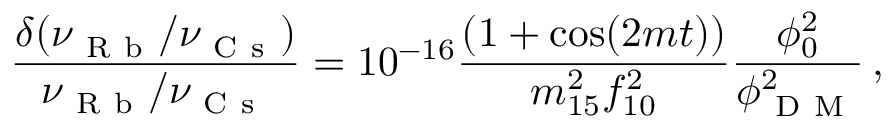
\frac { \delta ( \nu _ { \mathrm { ~ R ~ b ~ } } / \nu _ { \mathrm { ~ C ~ s ~ } } ) } { \nu _ { \mathrm { ~ R ~ b ~ } } / \nu _ { \mathrm { ~ C ~ s ~ } } } = 1 0 ^ { - 1 6 } \frac { ( 1 + \cos ( 2 m t ) ) } { m _ { 1 5 } ^ { 2 } f _ { 1 0 } ^ { 2 } } \frac { \phi _ { 0 } ^ { 2 } } { \phi _ { \mathrm { ~ D ~ M ~ } } ^ { 2 } } \, ,